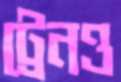
ট্রেনও